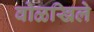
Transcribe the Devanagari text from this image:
वोळखिले